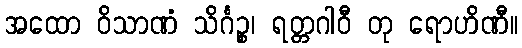
အထော ဝိသာဏံ သိင်္ဂဉ္စ၊ ရတ္တဂါဝီ တု ရောဟိဏီ။